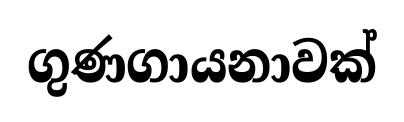
ගුණගායනාවක්